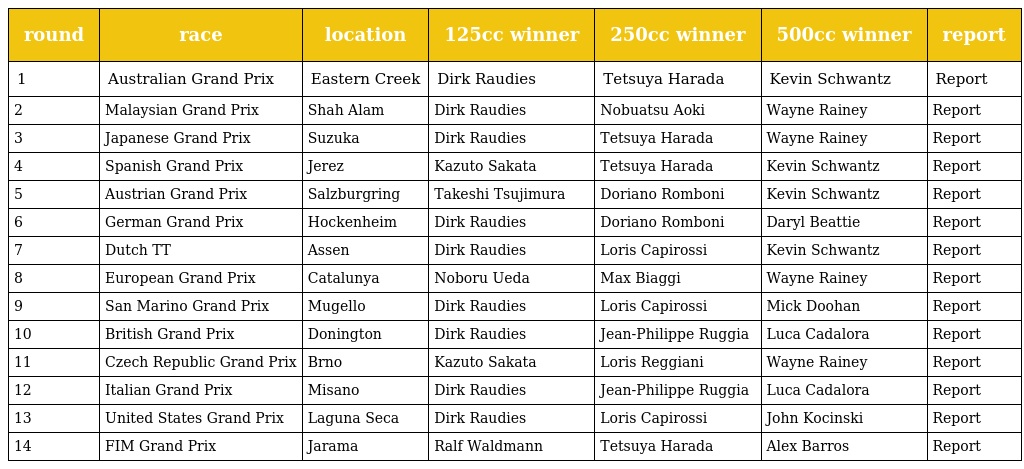
| round | race | location | 125cc winner | 250cc winner | 500cc winner | report |
 | --- | --- | --- | --- | --- | --- | --- |
 | 1 | Australian Grand Prix | Eastern Creek | Dirk Raudies | Tetsuya Harada | Kevin Schwantz | Report |
 | 2 | Malaysian Grand Prix | Shah Alam | Dirk Raudies | Nobuatsu Aoki | Wayne Rainey | Report |
 | 3 | Japanese Grand Prix | Suzuka | Dirk Raudies | Tetsuya Harada | Wayne Rainey | Report |
 | 4 | Spanish Grand Prix | Jerez | Kazuto Sakata | Tetsuya Harada | Kevin Schwantz | Report |
 | 5 | Austrian Grand Prix | Salzburgring | Takeshi Tsujimura | Doriano Romboni | Kevin Schwantz | Report |
 | 6 | German Grand Prix | Hockenheim | Dirk Raudies | Doriano Romboni | Daryl Beattie | Report |
 | 7 | Dutch TT | Assen | Dirk Raudies | Loris Capirossi | Kevin Schwantz | Report |
 | 8 | European Grand Prix | Catalunya | Noboru Ueda | Max Biaggi | Wayne Rainey | Report |
 | 9 | San Marino Grand Prix | Mugello | Dirk Raudies | Loris Capirossi | Mick Doohan | Report |
 | 10 | British Grand Prix | Donington | Dirk Raudies | Jean-Philippe Ruggia | Luca Cadalora | Report |
 | 11 | Czech Republic Grand Prix | Brno | Kazuto Sakata | Loris Reggiani | Wayne Rainey | Report |
 | 12 | Italian Grand Prix | Misano | Dirk Raudies | Jean-Philippe Ruggia | Luca Cadalora | Report |
 | 13 | United States Grand Prix | Laguna Seca | Dirk Raudies | Loris Capirossi | John Kocinski | Report |
 | 14 | FIM Grand Prix | Jarama | Ralf Waldmann | Tetsuya Harada | Alex Barros | Report |